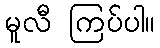
မူလီ ကြပ်ပါ။